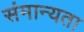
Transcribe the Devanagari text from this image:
संमान्यता